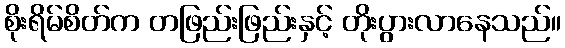
စိုးရိမ်စိတ်က တဖြည်းဖြည်းနှင့် တိုးပွားလာနေသည်။